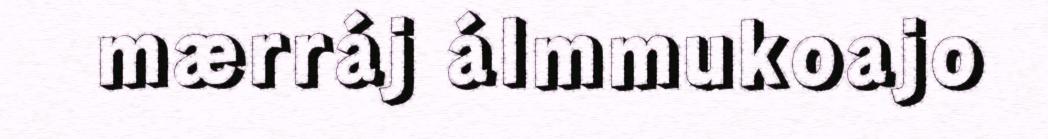
mærráj álmmukoajo